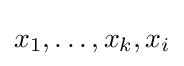
x_{1},\ldots ,x_{k},x_{i}